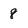
Character: 8